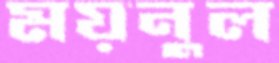
ময়নুল